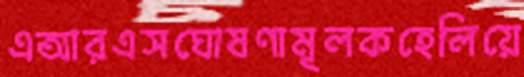
এআরএসঘোষণামূলকহেলিয়ে